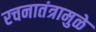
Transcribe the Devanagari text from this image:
रचनातंत्रामुळे